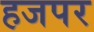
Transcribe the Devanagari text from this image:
हजपर